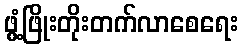
ဖွံ့ဖြိုးတိုးတက်လာစေရေး